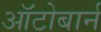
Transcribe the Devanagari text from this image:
ऑटोबार्न